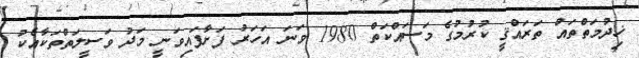
ޚިދުމަތްތައް ތަރައްޤީ ކުރުމުގެ މަސައްކަތް 1980 ވަނަ އަހަރު ފަށާފައިވަނީ މަދު ވަސީލަތްތަކާއެކު